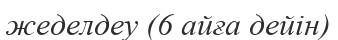
жеделдеу (6 айға дейін)